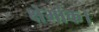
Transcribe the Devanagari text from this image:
क्षेमांक।